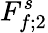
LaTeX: F_{f;2}^{s}